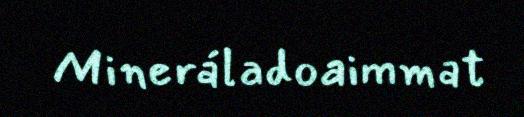
Mineráladoaimmat